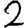
Digit: 2